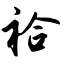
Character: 袷